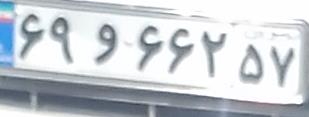
۶۹و۶۶۲۵۷